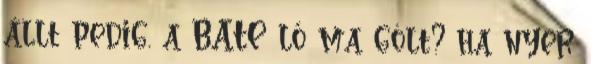
állt pedig. a BATE lő ma gólt? ha nyer